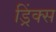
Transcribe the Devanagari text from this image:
ड्रिंक्‍स